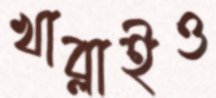
খাব্‌লাইও